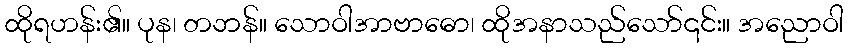
ထိုရဟန်း၏။ ပုန၊ တဘန်။ သောဝါအာဗာဓော၊ ထိုအနာသည်သော်၎င်း။ အညောဝါ